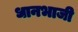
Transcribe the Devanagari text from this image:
धानभाजी